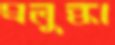
প্রলুব্ধা